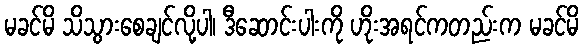
မခင်မိ သိသွားစေချင်လို့ပါ၊ ဒီဆောင်းပါးကို ဟိုးအရင်ကတည်းက မခင်မိ